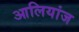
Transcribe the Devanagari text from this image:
आलियांज